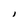
Character: I